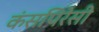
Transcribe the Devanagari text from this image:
कंसपिरेसी